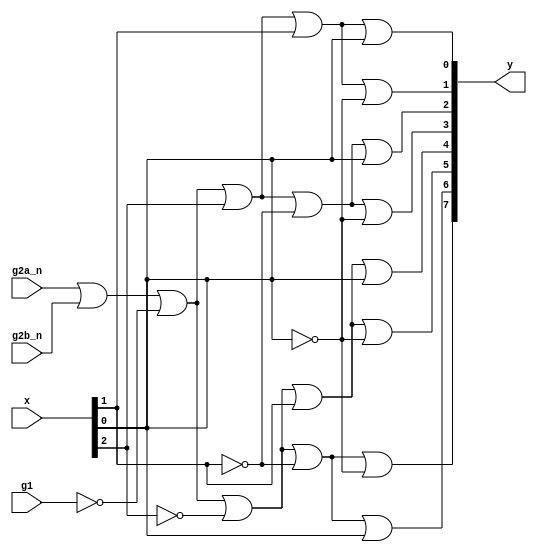
module decoder_74138_dataflow(
    input [0:2] x,
    input g1, 
    input g2a_n,
    input g2b_n,
    output [7:0] y
    );
    assign y[0] = g2a_n|g2b_n|(~g1)|x[0]|x[1]|x[2];
    assign y[1] = g2a_n|g2b_n|(~g1)|x[0]|x[1]|(~x[2]);
    assign y[2] = g2a_n|g2b_n|(~g1)|x[0]|(~x[1])|x[2];
    assign y[3] = g2a_n|g2b_n|(~g1)|x[0]|(~x[1])|(~x[2]);
    assign y[4] = g2a_n|g2b_n|(~g1)|(~x[0])|x[1]|x[2];
    assign y[5] = g2a_n|g2b_n|(~g1)|(~x[0])|x[1]|(~x[2]);
    assign y[6] = g2a_n|g2b_n|(~g1)|(~x[0])|(~x[1])|x[2];
    assign y[7] = g2a_n|g2b_n|(~g1)|(~x[0])|(~x[1])|(~x[2]);
endmodule